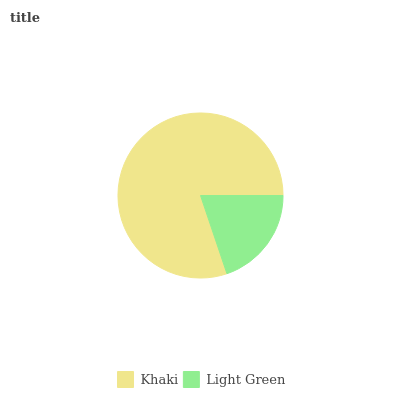
| Khaki | Light Green |
 | --- | --- |
 | 80.1% | 19.9% |